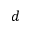
d